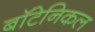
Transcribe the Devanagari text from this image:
बॉटेनिकल